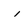
Character: l